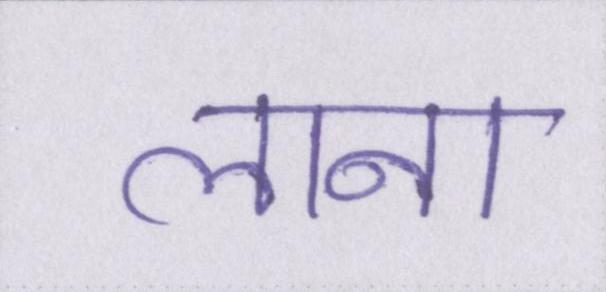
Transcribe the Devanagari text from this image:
लाना